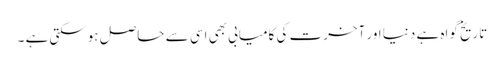
تاریخ گواہ ہے دنیا اور آخرت کی کامیابی بھی اسی سے حاصل ہوسکتی ہے ۔